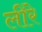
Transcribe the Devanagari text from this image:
लीरे